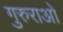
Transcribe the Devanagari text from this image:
गुरुराओ